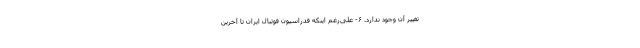
تغییر آن وجود ندارد. ۶- علی‌رغم اینکه فدراسیون فوتبال ایران تا آخرین